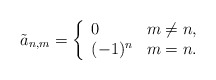
\begin{align*} \tilde{a}_{n,m}=\left\{ \begin{array}{ll} 0 & m\neq n,\\ (-1)^n & m=n. \end{array}\right.\end{align*}